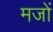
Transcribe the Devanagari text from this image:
मजों